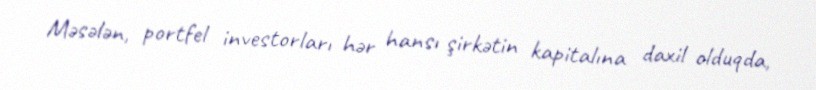
Məsələn, portfel investorları hər hansı şirkətin kapitalına daxil olduqda,